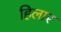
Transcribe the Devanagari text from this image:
हिलार